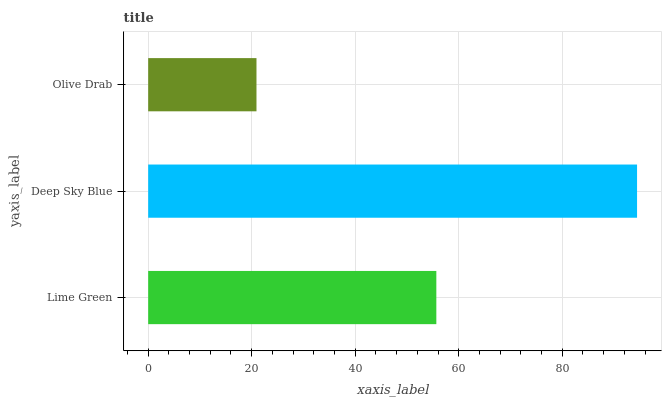
| yaxis_label | bars |
 | --- | --- |
 | Lime Green | 55.7 |
 | Deep Sky Blue | 94.5 |
 | Olive Drab | 20.9 |